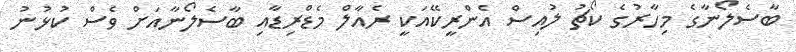
ބާސެލޯނާގެ މިހާރުގެ ކޯޗު ލުއިސް އެންރީކޭއަކީ ރެއާލް މެޑްރިޑާއި ބާސެލޯނާއަށް ވެސް ކުޅުނު